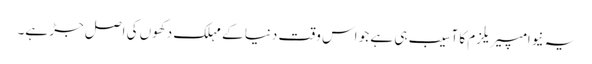
یہ نیوامپیریلزم کا آسیب ہی ہے جو اس وقت دنیا کے مہلک دکھوں کی اصل جڑ ہے۔